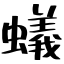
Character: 蟻